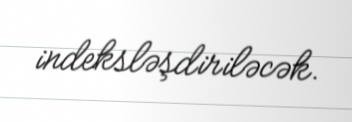
indeksləşdiriləcək.